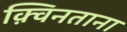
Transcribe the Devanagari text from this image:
क़्विनताना